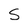
Character: S